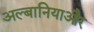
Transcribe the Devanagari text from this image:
अल्बानियाऔर